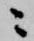
ニ